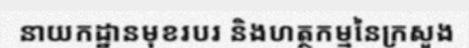
នាយកដ្ឋានមុខរបរ និងហត្ថកម្មនៃក្រសួង